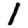
Digit: 1